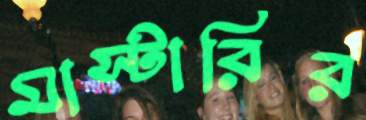
মাস্টারির